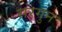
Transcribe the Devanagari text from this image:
सरगुन